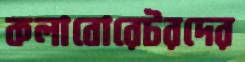
কলাবোরেটরদের